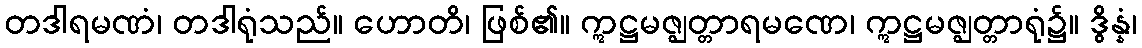
တဒါရမဏံ၊ တဒါရုံသည်။ ဟောတိ၊ ဖြစ်၏။ ဣဋ္ဌမဇ္ဈတ္တာရမဏေ၊ ဣဋ္ဌမဇ္ဈတ္တာရုံ၌။ ဒွိန္နံ၊